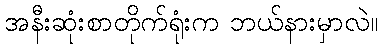
အနီးဆုံးစာတိုက်ရုံးက ဘယ်နားမှာလဲ။